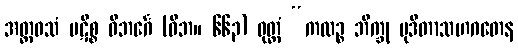
အတ္ထဝသံ ပဋိစ္စ ဝိဘင်္ဂေ (ဝိဘ။ ၆၆၃) ဝုတ္တံ “ကထဉ္စ ဘိက္ခု မုဒိတာသဟဂတေန